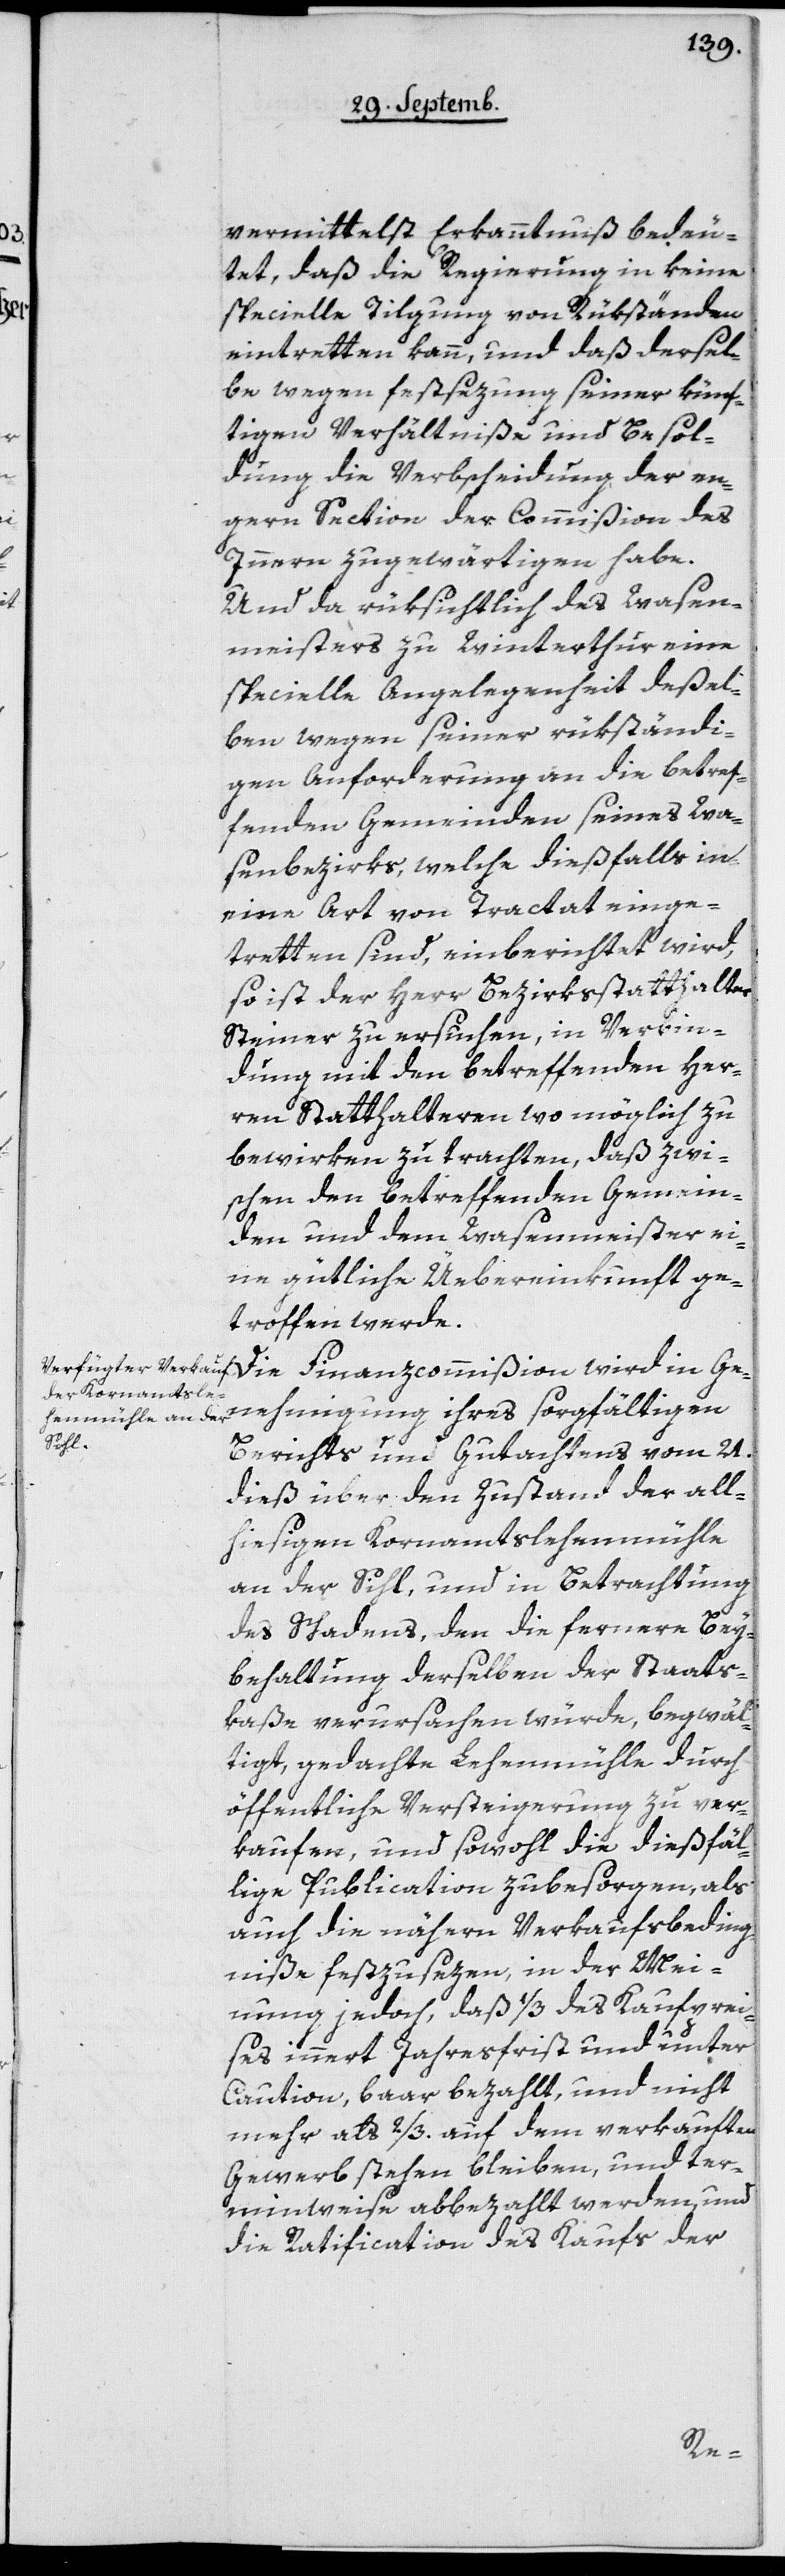
vermittelst Erkanntnuß bedeu¬
tet, daß die Regierung in keine
specielle Tilgung von Rükständen
eintretten kann, und daß dersel¬
be wegen Festsezung seiner künf¬
tigen Verhältniße und Besol¬
dung die Verbscheidung der en¬
gern Section der Commißion des
Innern zu gewärtigen habe.
Und da rüksichtlich des Wasen¬
meisters zu Winterthur eine
specielle Angelegenheit deßel¬
ben wegen seiner rükständi¬
gen Anforderung an die betref¬
fenden Gemeinden seines Wa¬
senbezirks, welche dießfalls in
eine Art von Tractat einge¬
tretten sind, einberichtet wird,
so ist der Herr Bezirksstatthalter
Steiner zu ersuchen, in Verbin¬
dung mit den betreffenden Her¬
ren Statthalteren wo möglich zu
bewirken zu trachten, daß zwi¬
schen den betreffenden Gemein¬
den und dem Wasenmeister ei¬
ne gütliche Übereinkunft ge¬
troffen werde.
Die Finanzcommißion wird in Ge¬
nehmigung ihres sorgfältigen
Berichts und Gutachtens vom 21.
dieß über den Zustand der all¬
hiesigen Kornamtslehenmühle
an der Sihl, und in Betrachtung
des Schadens, den die fernere Bey¬
behaltung derselben der Staats¬
kaße verursachen würde, begwäl¬
tigt, gedachte Lehenmühle durch
öffentliche Versteigerung zu ver¬
kaufen, und sowohl die dießfäl¬
lige Publication zu besorgen, als
auch die nähern Verkaufsbeding¬
niße festzusezen, in der Mei¬
nung jedoch, daß 1/3 des Kaufprei¬
ses innert Jahresfrist und unter
Caution, baar bezahlt, und nicht
mehr als 2/3 auf dem verkauften
Gewerb stehen bleiben, und ter¬
minweise abbezahlt werden, und
die Ratification des Kaufs der